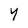
Character: Y